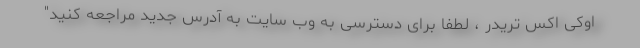
اوکی اکس تریدر ، لطفا برای دسترسی به وب سایت به آدرس جدید مراجعه کنید"